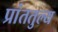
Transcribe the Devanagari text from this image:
प्रांततुल्य